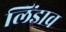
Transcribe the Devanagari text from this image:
लिंडाव